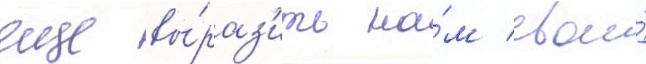
еще вы́раз'ить на́м свои́